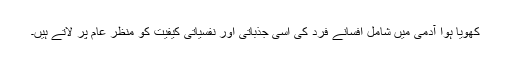
کھویا ہوا آدمی میں شامل افسانے فرد کی اسی جذباتی اور نفسیاتی کیفیت کو منظر عام پر لاتے ہیں۔